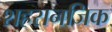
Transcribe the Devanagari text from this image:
शहरानजिक